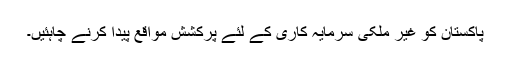
پاکستان کو غیر ملکی سرمایہ کاری کے لئے پرکشش مواقع پیدا کرنے چاہئیں۔